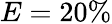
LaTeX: E=20\%